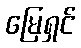
မြေရှင်